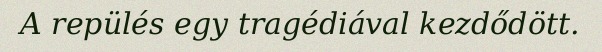
A repülés egy tragédiával kezdődött.